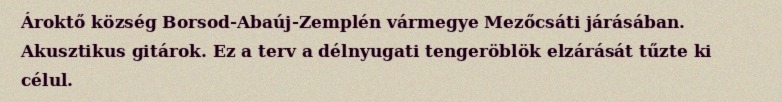
Ároktő község Borsod-Abaúj-Zemplén vármegye Mezőcsáti járásában. Akusztikus gitárok. Ez a terv a délnyugati tengeröblök elzárását tűzte ki célul.